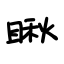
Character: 瞅